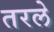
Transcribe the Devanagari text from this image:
तरले